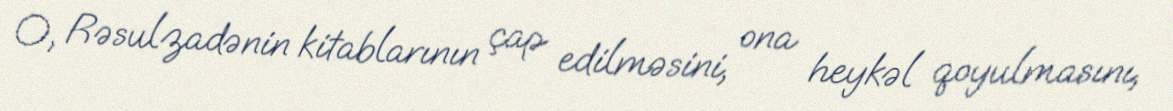
O, Rəsulzadənin kitablarının çap edilməsini, ona heykəl qoyulmasını,